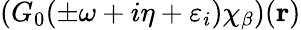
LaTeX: (G_{0}(\pm\omega+i\eta+\varepsilon_{i})\chi_{\beta})(\mathbf r)